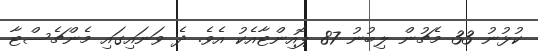
ކުޅުނު 33 މެޗުން ލިބުނު 87 ޕޮއިންޓާއެކު އެވެ. ދެ ވަނައިގައި މެންޗެސްޓާ